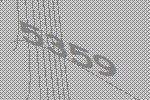
5359